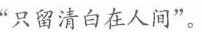
”只留清白在人间”。